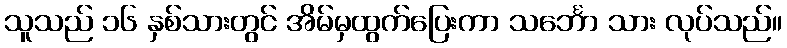
သူသည် ၁၆ နှစ်သားတွင် အိမ်မှထွက်ပြေးကာ သင်္ဘော သား လုပ်သည်။